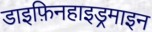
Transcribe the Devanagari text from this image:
डाइफ़िनहाइड्रमाइन